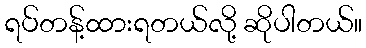
ရပ်တန့်ထားရတယ်လို့ ဆိုပါတယ်။